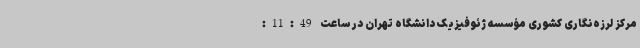
مرکز لرزه‌نگاری کشوری مؤسسه ژئوفیزیک دانشگاه تهران در ساعت 11:49: